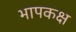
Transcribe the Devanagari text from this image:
भापकक्ष